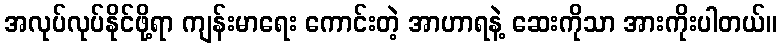
အလုပ်လုပ်နိုင်ဖို့ရာ ကျန်းမာရေး ကောင်းတဲ့ အာဟာရနဲ့ ဆေးကိုသာ အားကိုးပါတယ်။